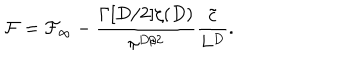
{ \cal F } = { \cal F } _ { \infty } - \frac { \Gamma [ D / 2 ] \zeta ( D ) } { \pi ^ { D / 2 } } \frac { \tilde { c } } { L ^ { D } } .